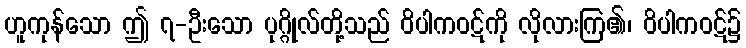
ဟူကုန်သော ဤ ၇-ဦးသော ပုဂ္ဂိုလ်တို့သည် ဝိပါကဝဋ်ကို လိုလားကြ၏၊ ဝိပါကဝဋ်၌